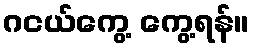
ဂငယ်ကွေ့ ကွေ့ရန်။